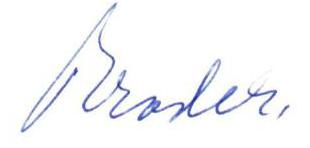
Broder,